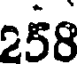
258